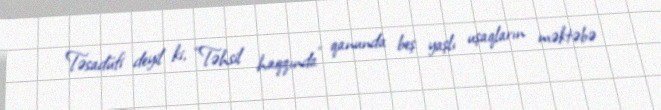
Təsadüfi deyil ki, “Təhsil haqqında” qanunda beş yaşlı uşaqların məktəbə